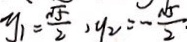
y _ { 1 } = \frac { \sqrt { 5 } } { 2 } , y _ { 2 } = - \frac { \sqrt { 5 } } { 2 }